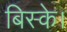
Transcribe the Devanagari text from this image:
बिस्के।